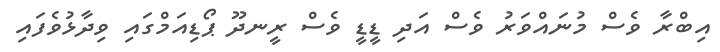
އިބްރާ ވެސް މުނައްވަރު ވެސް އަދި ޑީޑީ ވެސް ރީނދޫ ޕޯޑިއަމްގައި ވިދާޅުވެފައި